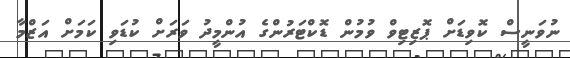
ނުވަނީސް ކޮވިޑަށް ޕޮޒިޓިވް ވުމުން ޑޮކްޓަރުންގެ އުންމީދު ވަރަށް ކުޑަވި ކަމަށް އަޒްމާ